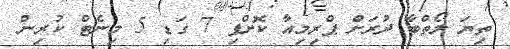
ތިޔަ ލޯތްބާ ދުރަށް ޕްރިމިއާ ކޮށްފި 7 ގަޑި 5 މިނެޓް ކުރިން